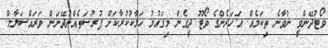
ވޯޓުދޭންވީ ނުވާނެ ތިކަމެއް. އަހަރެންގެ ވޯޓޫ ދީގެން މިގައުމު ހަލާކުކުރާކަށް ފުރުސަތެއްނުދޭނަން ވަރައްސަލާމް.